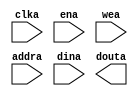
module spartan3a_dmem(
	clka,
	ena,
	wea,
	addra,
	dina,
	douta);


input clka;
input ena;
input [1 : 0] wea;
input [9 : 0] addra;
input [15 : 0] dina;
output [15 : 0] douta;

// synthesis translate_off

      BLK_MEM_GEN_V3_3 #(
		.C_ADDRA_WIDTH(10),
		.C_ADDRB_WIDTH(10),
		.C_ALGORITHM(1),
		.C_BYTE_SIZE(8),
		.C_COMMON_CLK(0),
		.C_DEFAULT_DATA("0"),
		.C_DISABLE_WARN_BHV_COLL(0),
		.C_DISABLE_WARN_BHV_RANGE(0),
		.C_FAMILY("spartan3"),
		.C_HAS_ENA(1),
		.C_HAS_ENB(0),
		.C_HAS_INJECTERR(0),
		.C_HAS_MEM_OUTPUT_REGS_A(0),
		.C_HAS_MEM_OUTPUT_REGS_B(0),
		.C_HAS_MUX_OUTPUT_REGS_A(0),
		.C_HAS_MUX_OUTPUT_REGS_B(0),
		.C_HAS_REGCEA(0),
		.C_HAS_REGCEB(0),
		.C_HAS_RSTA(0),
		.C_HAS_RSTB(0),
		.C_INITA_VAL("0"),
		.C_INITB_VAL("0"),
		.C_INIT_FILE_NAME("no_coe_file_loaded"),
		.C_LOAD_INIT_FILE(0),
		.C_MEM_TYPE(0),
		.C_MUX_PIPELINE_STAGES(0),
		.C_PRIM_TYPE(1),
		.C_READ_DEPTH_A(1024),
		.C_READ_DEPTH_B(1024),
		.C_READ_WIDTH_A(16),
		.C_READ_WIDTH_B(16),
		.C_RSTRAM_A(0),
		.C_RSTRAM_B(0),
		.C_RST_PRIORITY_A("CE"),
		.C_RST_PRIORITY_B("CE"),
		.C_RST_TYPE("SYNC"),
		.C_SIM_COLLISION_CHECK("ALL"),
		.C_USE_BYTE_WEA(1),
		.C_USE_BYTE_WEB(1),
		.C_USE_DEFAULT_DATA(0),
		.C_USE_ECC(0),
		.C_WEA_WIDTH(2),
		.C_WEB_WIDTH(2),
		.C_WRITE_DEPTH_A(1024),
		.C_WRITE_DEPTH_B(1024),
		.C_WRITE_MODE_A("WRITE_FIRST"),
		.C_WRITE_MODE_B("WRITE_FIRST"),
		.C_WRITE_WIDTH_A(16),
		.C_WRITE_WIDTH_B(16),
		.C_XDEVICEFAMILY("spartan3a"))
	inst (
		.CLKA(clka),
		.ENA(ena),
		.WEA(wea),
		.ADDRA(addra),
		.DINA(dina),
		.DOUTA(douta),
		.RSTA(),
		.REGCEA(),
		.CLKB(),
		.RSTB(),
		.ENB(),
		.REGCEB(),
		.WEB(),
		.ADDRB(),
		.DINB(),
		.DOUTB(),
		.INJECTSBITERR(),
		.INJECTDBITERR(),
		.SBITERR(),
		.DBITERR(),
		.RDADDRECC());


// synthesis translate_on

// XST black box declaration
// box_type "black_box"
// synthesis attribute box_type of spartan3a_dmem is "black_box"

endmodule